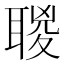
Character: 𦖸